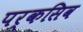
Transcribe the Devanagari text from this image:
पर्कसिव